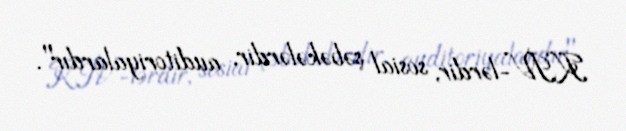
KİV-lərdir, sosial şəbəkələrdir, auditoriyalardır".